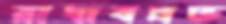
রাধাবল্লভ